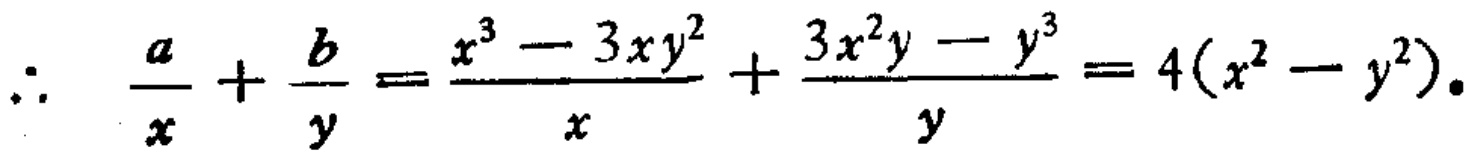
\[\therefore \frac{a}{x}+\frac{b}{y}=\frac{x^{3}-3xy^{2}}{x}+\frac{3x^{2}y - y^{3}}{y}=4(x^{2}-y^{2}).\]